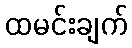
ထမင်းချက်